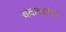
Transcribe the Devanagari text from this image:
चंदाबाईंनी